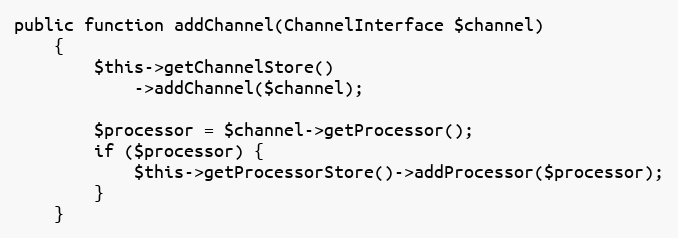
Language: PHP
public function addChannel(ChannelInterface $channel)
    {
        $this->getChannelStore()
            ->addChannel($channel);

        $processor = $channel->getProcessor();
        if ($processor) {
            $this->getProcessorStore()->addProcessor($processor);
        }
    }